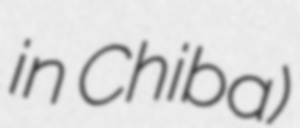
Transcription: in Chiba)